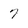
Character: 7